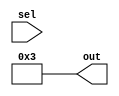
module GenerateCaseBlock (
  input wire [1:0] sel,
  output reg [3:0] out
);

parameter WIDTH = 2;

genvar i;

generate
  for(i = 0; i < 2**WIDTH; i = i+1) begin : gen_case
    always @ (sel) begin
      case(i)
        0: out <= 4'b0000;
        1: out <= 4'b0001;
        2: out <= 4'b0010;
        3: out <= 4'b0011;
        default: out <= 4'b1111;
      endcase
    end
  end
endgenerate

endmodule